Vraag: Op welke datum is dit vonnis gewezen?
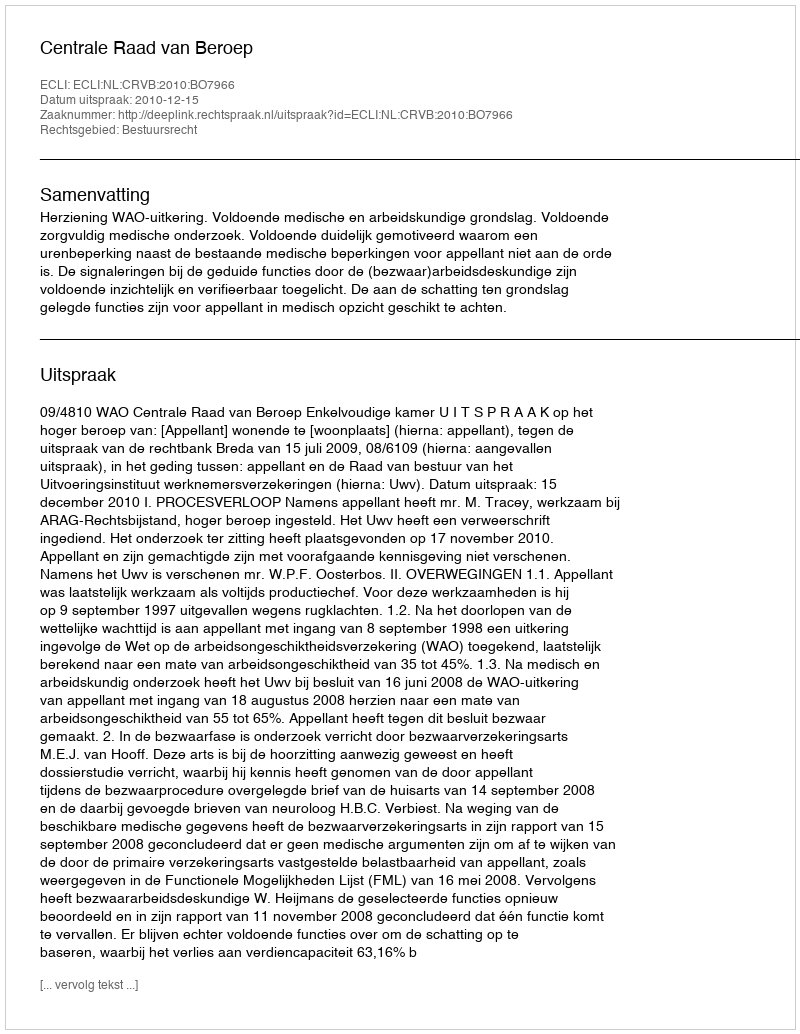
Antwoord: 2010-12-15